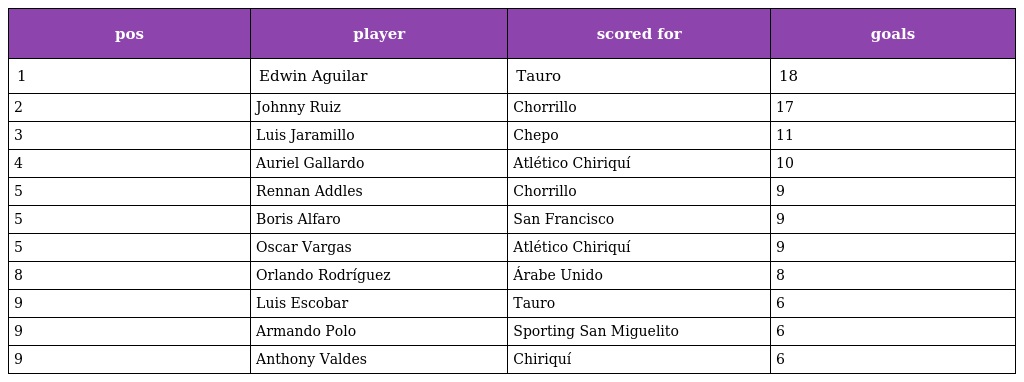
| pos | player | scored for | goals |
 | --- | --- | --- | --- |
 | 1 | Edwin Aguilar | Tauro | 18 |
 | 2 | Johnny Ruiz | Chorrillo | 17 |
 | 3 | Luis Jaramillo | Chepo | 11 |
 | 4 | Auriel Gallardo | Atlético Chiriquí | 10 |
 | 5 | Rennan Addles | Chorrillo | 9 |
 | 5 | Boris Alfaro | San Francisco | 9 |
 | 5 | Oscar Vargas | Atlético Chiriquí | 9 |
 | 8 | Orlando Rodríguez | Árabe Unido | 8 |
 | 9 | Luis Escobar | Tauro | 6 |
 | 9 | Armando Polo | Sporting San Miguelito | 6 |
 | 9 | Anthony Valdes | Chiriquí | 6 |